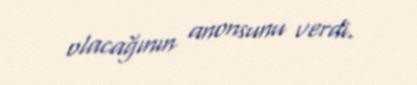
olacağının anonsunu verdi.